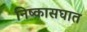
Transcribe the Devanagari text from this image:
निष्कासघात